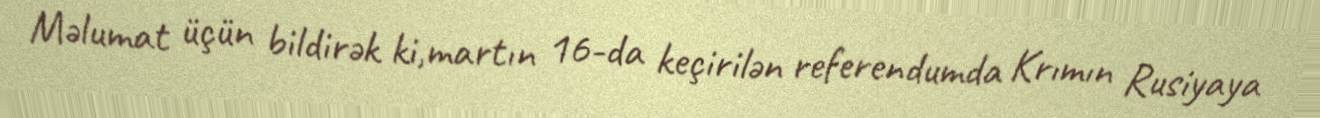
Məlumat üçün bildirək ki,martın 16-da keçirilən referendumda Krımın Rusiyaya